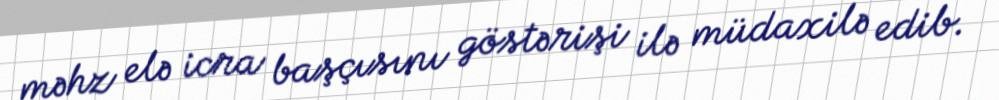
məhz elə icra başçısını göstərişi ilə müdaxilə edib.